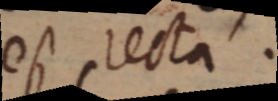
est recta.